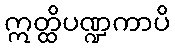
ဣတ္ထိပဏ္ဍကာပိ